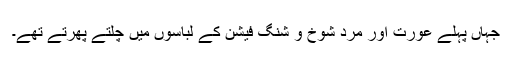
جہاں پہلے عورت اور مرد شوخ و شنگ فیشن کے لباسوں میں چلتے پھرتے تھے۔